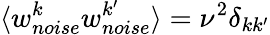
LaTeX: \langle w_{noise}^{k}w_{noise}^{k^{\prime}}\rangle=\nu^{2}\delta_{kk^{\prime}}